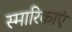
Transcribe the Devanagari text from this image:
स्मारिकाएं